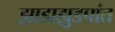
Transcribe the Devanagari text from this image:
झाडाझुडपांत